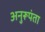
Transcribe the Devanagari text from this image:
अनुरूपंता